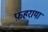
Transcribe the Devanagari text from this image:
फ़हराया